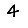
Digit: 4